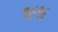
૧૯૧૬